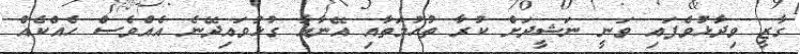
ގާޒީ ވިދާޅުވެފައި ވަނީ ނަޝީދަށް ކުރާ ތުހުމަތާއި އޭނާއާ ގުޅުވައިދޭނެ އެއްވެސް ހެއްކެއް